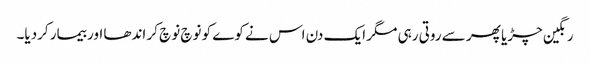
رنگین چڑیا پھر سے روتی رہی مگر ایک دن اس نے کوے کو نوچ نوچ کر اندھا اور بیمار کردیا۔